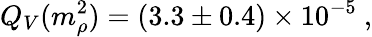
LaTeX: Q_{V}(m_{\rho}^{2})=(3.3\pm 0.4)\times 10^{-5}\ ,